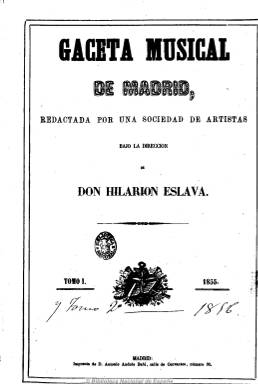
Título: Gaceta musical de Madrid (Madrid. 1855)
Colección: Música
Ámbito geográfico: Madrid
Lugar de publicación: Madrid
Fechas: 01/01/1855-28/12/1856

Redactada por una sociedad de artistas, que no es otra que el Orfeo Español, que aglutina a un grupo de profesores con pretensiones de influir en el Gobierno en materia musical, así como de fomentar la creación de un teatro nacional de ópera, según Jacinto Torres Muelas. Es fundada y dirigida por Hilarión Eslava (1807-1878), en el momento en que es nombrado profesor titular del Conservatorio Nacional de Música y Declamación, y comienza a aparecer el cuatro de febrero de 1855.

Sus números, de ocho páginas, comienzan, generalmente, con un extenso artículo de carácter doctrinal o histórico y filosófico sobre el arte musical, para después ofrecer una serie de crónicas y críticas sobre las diferentes actividades del mundo de la música. La crónica de Madrid ofrece críticas sobre composiciones o los salarios que perciben los divos y los triunfos de los artistas. La de provincias, la actividad musical en las principales capitales y poblaciones españolas, y la extranjera, sobre los acontecimientos musicales en las capitales europeas y también americanas.

Publica también una sección biográfica de músicos, procedente de la Biographie universelle, de Fétis. Así como otra de anécdotas y la de necrológicas. La última plana la reserva para los anuncios comerciales, relativos principalmente a la venta de instrumentos musicales.

Entre sus numerosos redactores y colaboradores aparecen Antonio Romero, Francisco de Asís Gil, José Inzenga, Mariano Soriano Fuentes y Miguel Agustín Príncipe.

Cada mes difunde también cuatro láminas de grabados, con partituras de música para canto y piano, piano solo y música religiosa, así como de algunos monumentos relacionados con la música.

Estampada en la imprenta de Antonio Andrés Babi, su aparición es semanal (domingos). Durante su primer año edita 48 números, y 52, en 1856, hasta el 28 de diciembre de este año, y debido a sus dificultades económicas será absorbida por La zarzuela (1856-1857). Cada número inserta un sumario y al comienzo del volumen que forma la colección, un índice.

La obra Miscel-lània Oriol Martorell, editada por la Universidad de Barcelona en 1988, incluye un estudio de esta revista realizado por María de los Ángeles Pidal Fernández.